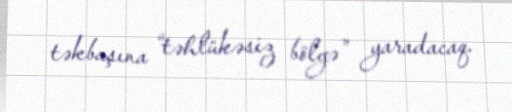
təkbaşına “təhlükəsiz bölgə” yaradacaq.